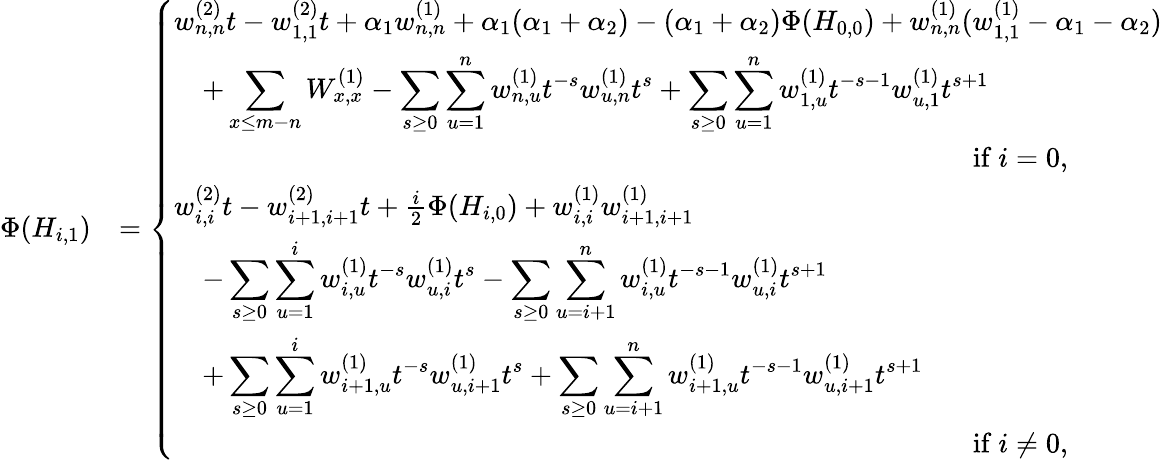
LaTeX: \begin{array}{rl}{\Phi(H_{i,1})}&{=\left\{ \begin{array}{ll}{w_{n,n}^{(2)}t-w_{1,1}^{(2)}t+\alpha_{1}w_{n,n}^{(1)}+\alpha_{1}(\alpha_{1}+\alpha_{2})-(\alpha_{1}+\alpha_{2})\Phi(H_{0,0})+w_{n,n}^{(1)}(w_{1,1}^{(1)}-\alpha_{1}-\alpha_{2})}\\ {\quad+\displaystyle\sum_{x\leq m-n}W_{x,x}^{(1)}-\displaystyle\sum_{s\geq 0}\displaystyle\sum_{u=1}^{n}w_{n,u}^{(1)}t^{-s}w_{u,n}^{(1)}t^{s}+\displaystyle\sum_{s\geq 0}\displaystyle\sum_{u=1}^{n}w_{1,u}^{(1)}t^{-s-1}w_{u,1}^{(1)}t^{s+1}}\\ {\qquad\qquad\qquad\qquad\qquad\qquad\qquad\qquad\qquad\qquad\qquad\qquad\qquad\qquad\mathrm{~if~}i=0,}\\ {w_{i,i}^{(2)}t-w_{i+1,i+1}^{(2)}t+\frac{i}{2}\Phi(H_{i,0})+w_{i,i}^{(1)}w_{i+1,i+1}^{(1)}}\\ {\quad-\displaystyle\sum_{s\geq 0}\displaystyle\sum_{u=1}^{i}w_{i,u}^{(1)}t^{-s}w_{u,i}^{(1)}t^{s}-\displaystyle\sum_{s\geq 0}\displaystyle\sum_{u=i+1}^{n}w_{i,u}^{(1)}t^{-s-1}w_{u,i}^{(1)}t^{s+1}}\\ {\quad+\displaystyle\sum_{s\geq 0}\displaystyle\sum_{u=1}^{i}w_{i+1,u}^{(1)}t^{-s}w_{u,i+1}^{(1)}t^{s}+\displaystyle\sum_{s\geq 0}\displaystyle\sum_{u=i+1}^{n}w_{i+1,u}^{(1)}t^{-s-1}w_{u,i+1}^{(1)}t^{s+1}}\\ {\qquad\qquad\qquad\qquad\qquad\qquad\qquad\qquad\qquad\qquad\qquad\qquad\qquad\qquad\mathrm{~if~}i\neq 0,}\end{array}\right.}\end{array}